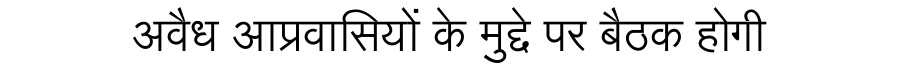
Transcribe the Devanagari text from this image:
अवैध आप्रवासियों के मुद्दे पर बैठक होगी